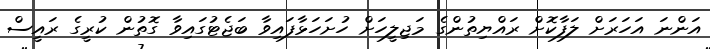
އަންނަ އަހަރަށް ލަފާކޮށް ރައްޔިތުންގެ މަޖިލީހަށް ހުށަހަޅާފައިވާ ބަޖެޓުގައިވާ ގޮތުން ކުރީގެ ރައީސް